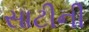
સાટીની